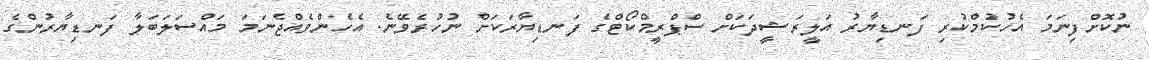
ނުކޮށްފިނަމަ އެހުކުމްކުރި ފަނޑިޔާރު އަލީރަޝީދަކަށް ސްޕްރީމްކޯޓްގެ ފަނޑިޔާރަކަށް ނުހުރެވޭނެ. އެހެންވެއްޖެނަމަ މައްސަލަބަލާ ފަނޑިޔާރުންގެ